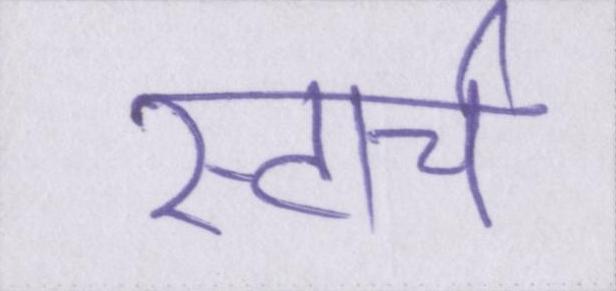
स्टार्च